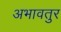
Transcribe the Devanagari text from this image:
अभावतुर